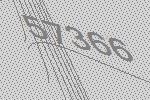
57366